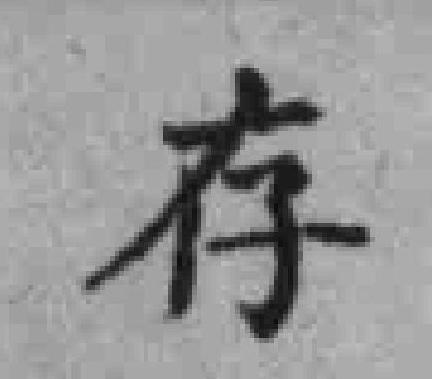
存